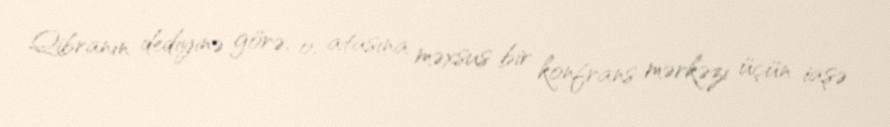
Qibranın dediyinə görə, o, atasına məxsus bir konfrans mərkəzi üçün iaşə